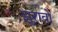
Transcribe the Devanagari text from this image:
झुरावो